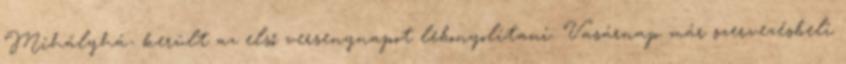
Mihályhá- került az első versenynapot lebonyolítani. Vasárnap már szervezésbeli